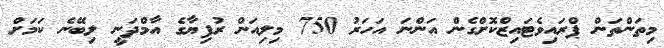
މިތަންތަން ޕްރައިވެޓައިޒްކޮށްގެން އަންނަ އަހަރު 750 މިލިއަން ރުފިޔާގެ އާމްދަނީ ލިބޭނެ ކަމަށް